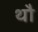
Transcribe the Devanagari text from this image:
थौ